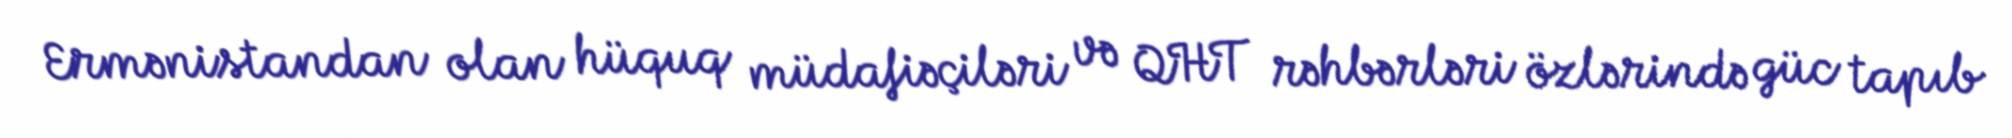
Ermənistandan olan hüquq müdafiəçiləri və QHT rəhbərləri özlərində güc tapıb